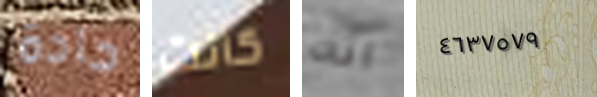
حادة كانت انه ٤٦٣٧٥٧٩